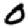
Digit: 0